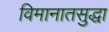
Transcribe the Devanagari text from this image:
विमानातसुद्धा